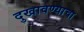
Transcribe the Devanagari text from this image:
दुखावण्याचा